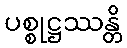
ပစ္စုဋ္ဌဿန္တိ